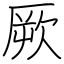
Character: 厥